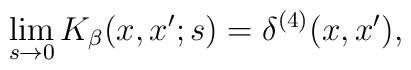
\lim_{s\rightarrow0}K_{\beta}(x,x';s)=\delta^{(4)}(x,x') ,